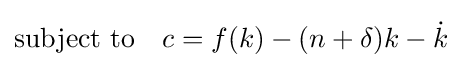
{\text{subject to}}\quad c=f(k)-(n+\delta )k-{\dot {k}}